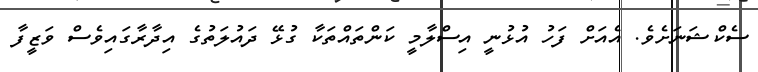
ސެކްޝަނަށެވެ. އެއަށް ފަހު އުޅުނީ އިސްލާމީ ކަންތައްތަކާ ގުޅޭ ދައުލަތުގެ އިދާރާގައިވެސް ވަޒީފާ